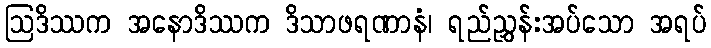
ဩဒိဿက အနောဒိဿက ဒိသာဖရဏာနံ၊ ရည်ညွှန်းအပ်သော အရပ်